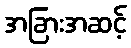
အခြားအဆင့်